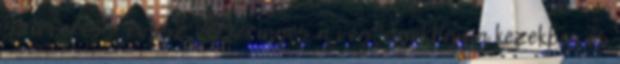
szívverés - rossz vérkeringés a végtagokban a kezekben és